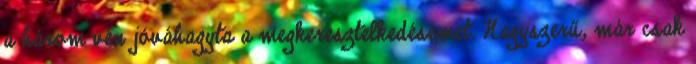
a három vén jóváhagyta a megkeresztelkedésemet. Nagyszerű, már csak